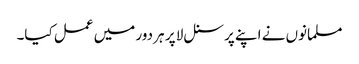
مسلمانوں نے اپنے پرسنل لا پر ہر دور میں عمل کیا۔